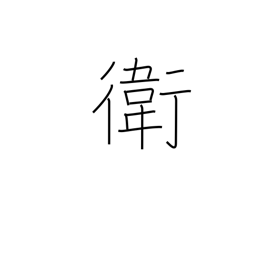
Meaning: protection